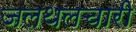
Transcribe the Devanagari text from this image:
जलथलचारी